Lunatic asylums Madras 1892-1911 - 1892-1911
Year: 1892
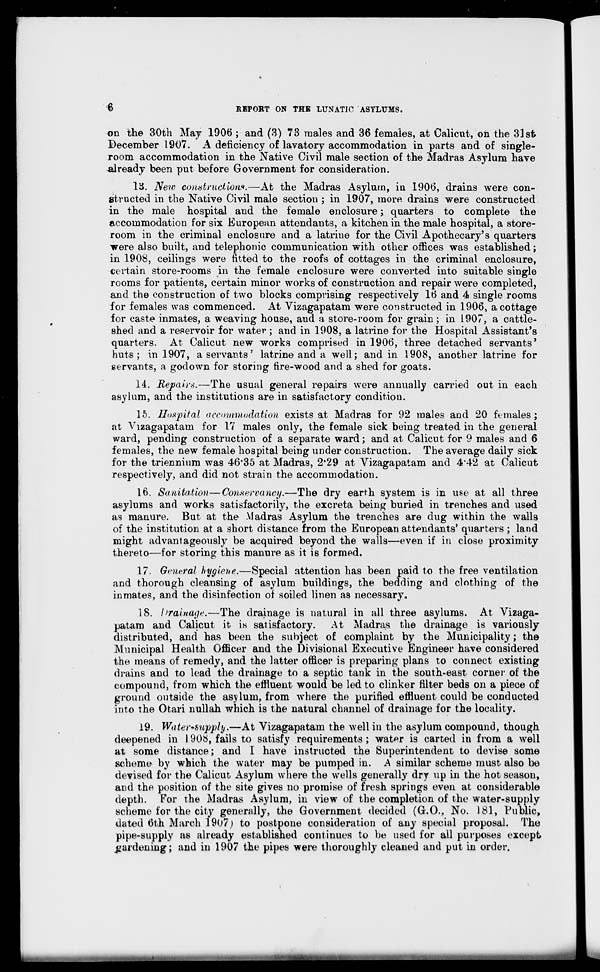
REPORT ON THE LUNATIC! ASYLUMS.
on the 30th May 1906 ; and (3) 73 males and 36 females, at Calicut, on the 31sfc
December 1907. A deficiency of lavatory accommodation in parts and of single-
room accommodation in the Native Civil male section of the Madras Asylum have
already been put before Government for consideration.
Vi. New construction*.—At the Madras Asylum, in 1906, drains were con-
structed in the Native Civil male section ; in 1907, more drains were constructed
in the male hospital and the female enclosure; quarters to complete the
accommodation for six European attendants, a kitchen in the male hospital, a store-
room in the criminal enclosure and a latrine for the Civil Apothecary's quarters
were also built, and telephonic communication with other offices was established;
in 1908, ceilings were fitted to the roofs of cottages in the criminal enclosure,
certain store-rooms in the female enclosure were converted into suitable single
rooms for patients, certain minor works of construction and repair were completed,
and the construction of two blocks comprising respectively 16 and 4 single rooms
for females was commenced. At Vizagapatam were constructed in 1906, a cottage
for caste inmates, a weaving house, aud a store-room for grain; in 1907, a cattle-
shed and a reservoir for water; and in 1908, a latrine for the Hospital Assistant's
quarters. At Calicut new works comprised in 1906, three detached servants'
huts; in 1907, a servants' latrine and a well; and in 1908, another latrine for
servants, a godown for storing fire-wood and a shed for goats.
14. Repairs.—The usual general repairs were annually carried out in each
asylum, and the institutions are in satisfactory condition.
15. Hospital accommodation exists at Madras for 92 males and 20 females;
at Vizagapatam for 17 males only, the female sick being treated in the general
ward, pending construction of a separate ward; and at Calicut for 9 males and 6
females, the new female hospital being under construction. The average daily sick
for the triennium was 46*35 at Madras, 2*29 at Vizagapatam and 4'42 at Calicut
respectively, and did not strain the accommodation.
16. Sanitation—Conservancy.—The dry earth system is in use at all three
asylums and works satisfactorily, the excreta being buried in trenches and used
as manure. But at the Madras Asylum the trenches are dug within the walls
of the institution at a short distance from the European attendants' quarters ; land
might advantageously be acquired beyond the walls—even if in close proximity
thereto—for storing this manure as it is formed.
17. General hygiene.—Special attention has been paid to the free ventilation
and thorough cleansing of asylum buildings, the bedding and clothing of the
inmates, and the disinfection of soiled linen as necessary.
18. hrainage.—The drainage is natural in all three asylums. At Vizaga-
patam and Calicut it is satisfactory. At Madras the drainage is variously
distributed, and has been the subject of complaint by the Municipality; the
Municipal Health Officer and the Divisional Executive Engineer have considered
the means of remedy, and the latter officer is preparing plans to connect existing
drains and to lead the drainage to a septic tank in the south-east corner of the
compound, from which the effluent would be led to clinker filter beds on a piece of
ground outside the asylum, from where the purified effluent could be conducted
into the Otari nullah which is the natural channel of drainage for the locality.
19. Water "Supply.—At Vizagapatam the well in the asylum compound, though
deepened in 1908, fails to satisfy requirements ; water is carted in from a well
at some distance; and I have instructed the Superintendent to devise some
scheme by which the water may be pumped in. A similar scheme must also be
devised for the Calicut Asylum where the wells generally dry up in the hot season,
and the position of the site gives no promise of fresh springs even at considerable
depth. For the Madras Asylum, in view of the completion of the water-supply
scheme for the city generally, the Government decided (G-.O., No. 181, Public,
dated 6th March 1907) to postpone consideration of any special proposal. The
pipe-supply as already established continues to be used for all purposes except
gardening; and in 1907 the pipes were thoroughly cleaned and put in order.